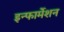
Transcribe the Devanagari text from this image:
इन्‍फार्मेशन